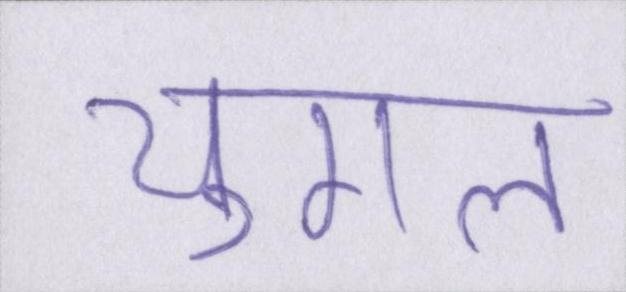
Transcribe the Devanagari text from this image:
युगल